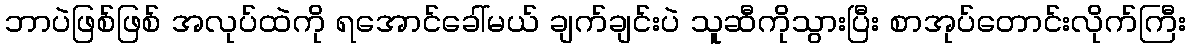
ဘာပဲဖြစ်ဖြစ် အလုပ်ထဲကို ရအောင်ခေါ်မယ် ချက်ချင်းပဲ သူဆီကိုသွားပြီး စာအုပ်တောင်းလိုက်ကြီး